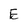
Character: E